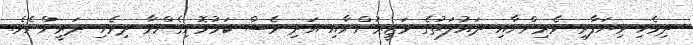
ދިވެހި ވިޔަފާރި ވެރިންނާއި ދައުލަތުގެ ވަޒީރުންނާއި އަދި ވެސް ކަމުވޮށިގެންވާ ދިވެހި ދަރީންނެވެ.